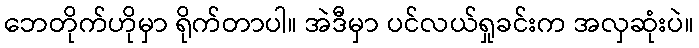
ဘေတိုက်ဟိုမှာ ရိုက်တာပါ။ အဲဒီမှာ ပင်လယ်ရှုခင်းက အလှဆုံးပဲ။